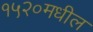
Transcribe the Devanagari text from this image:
१५२०मधील